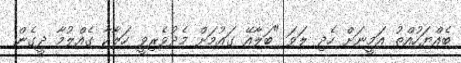
ބެއްޔަހުއްތު އަމީނަށް ހެދި ލަވަ "ބަލާއޭ ގައުމަށް މެދުވެރިވީ ހަލާކާ ގެއްލުމާ ދީގެން